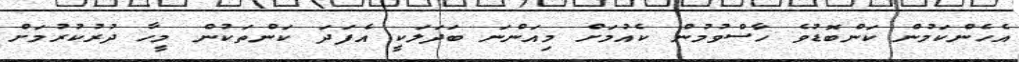
އެހެންކަމުން ކަންބޮޑުވެ ހާސްވުމުން ކެއުމަށް މިއަންނަ ބަދަލަކީ އެފަދަ ކަންތަކުން މީހާ ދުރުކުރުމަށް